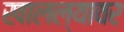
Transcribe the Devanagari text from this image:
खालल्यावर